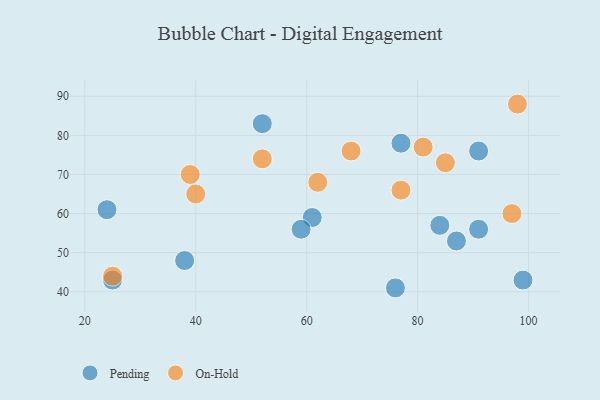
{"axis": {"x": "GDP", "y": "Life Expectancy"}, "legend": ["On-Hold", "Pending"], "data": [{"x": "99", "y": 43, "type": "Pending"}, {"x": "76", "y": 41, "type": "Pending"}, {"x": "52", "y": 83, "type": "Pending"}, {"x": "61", "y": 59, "type": "Pending"}, {"x": "91", "y": 76, "type": "Pending"}, {"x": "38", "y": 48, "type": "Pending"}, {"x": "84", "y": 57, "type": "Pending"}, {"x": "77", "y": 78, "type": "Pending"}, {"x": "59", "y": 56, "type": "Pending"}, {"x": "91", "y": 56, "type": "Pending"}, {"x": "87", "y": 53, "type": "Pending"}, {"x": "24", "y": 61, "type": "Pending"}, {"x": "25", "y": 43, "type": "Pending"}, {"x": "68", "y": 76, "type": "On-Hold"}, {"x": "77", "y": 66, "type": "On-Hold"}, {"x": "40", "y": 65, "type": "On-Hold"}, {"x": "25", "y": 44, "type": "On-Hold"}, {"x": "98", "y": 88, "type": "On-Hold"}, {"x": "81", "y": 77, "type": "On-Hold"}, {"x": "52", "y": 74, "type": "On-Hold"}, {"x": "97", "y": 60, "type": "On-Hold"}, {"x": "39", "y": 70, "type": "On-Hold"}, {"x": "62", "y": 68, "type": "On-Hold"}, {"x": "85", "y": 73, "type": "On-Hold"}]}